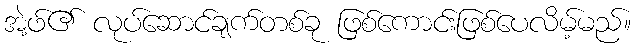
အဲ့ဖ်၏ လုပ်ဆောင်ချက်တစ်ခု ဖြစ်ကောင်းဖြစ်ပေလိမ့်မည်။